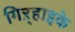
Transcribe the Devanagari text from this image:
गिऱ्हाइके